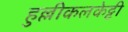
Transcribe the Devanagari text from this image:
हुल्लीकलकेट्टी